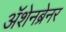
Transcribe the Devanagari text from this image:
ॲशेनब्रेनर